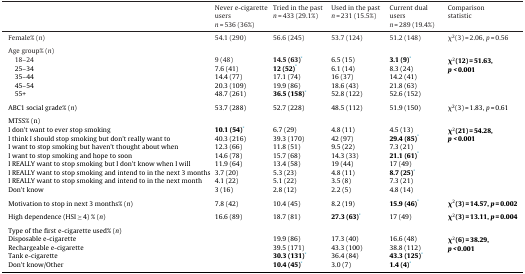
<table><thead><tr><td></td><td><b>Never e-cigarette users<i>n</i> = 536 (36%)</b></td><td><b>Tried in the past<i>n</i> = 433 (29.1%)</b></td><td><b>Used in the past<i>n</i> = 231 (15.5%)</b></td><td><b>Current dual users<i>n</i> = 289 (19.4%)</b></td><td><b>Comparison statistic</b></td></tr></thead><tbody><tr><td>Female% (<i>n</i>)</td><td>54.1 (290)</td><td>56.6 (245)</td><td>53.7 (124)</td><td>51.2 (148)</td><td>χ<sup>2</sup>(3) = 2.06, <i>p</i> = 0.56</td></tr><tr><td colspan="6">  </td></tr><tr><td>Age group% (<i>n</i>)</td><td></td><td></td><td></td><td></td><td></td></tr><tr><td> 18–24</td><td>9 (48)</td><td><b>14.5 (63)</b>*</td><td>6.5 (15)</td><td><b>3.1 (9)</b>*</td><td rowspan="5"><b>χ<sup>2</sup>(12)</b> <b>=</b> <b>51.63, <i>p &lt;</i></b> <b>0.001</b></td></tr><tr><td> 25–34</td><td>7.6 (41)</td><td><b>12 (52)</b>*</td><td>6.1 (14)</td><td>8.3 (24)</td></tr><tr><td> 35–44</td><td>14.4 (77)</td><td>17.1 (74)</td><td>16 (37)</td><td>14.2 (41)</td></tr><tr><td> 45–54</td><td>20.3 (109)</td><td>19.9 (86)</td><td>18.6 (43)</td><td>21.8 (63)</td></tr><tr><td> 55+</td><td>48.7 (261)</td><td><b>36.5 (158)</b>*</td><td>52.8 (122)</td><td>52.6 (152)</td></tr><tr><td colspan="6">  </td></tr><tr><td>ABC1 social grade% (<i>n</i>)</td><td>53.7 (288)</td><td>52.7 (228)</td><td>48.5 (112)</td><td>51.9 (150)</td><td>χ<sup>2</sup>(3) = 1.83, <i>p</i> = 0.61</td></tr><tr><td colspan="6">  </td></tr><tr><td>MTSS% (n)</td><td></td><td></td><td></td><td></td><td></td></tr><tr><td>I don’t want to ever stop smoking</td><td><b>10.1 (54)</b>*</td><td>6.7 (29)</td><td>4.8 (11)</td><td>4.5 (13)</td><td rowspan="8"><b>χ<sup>2</sup>(21)</b> <b>=</b> <b>54.28, <i>p &lt;</i></b> <b>0.001</b></td></tr><tr><td>I think I should stop smoking but don’t really want to</td><td>40.3 (216)</td><td>39.3 (170)</td><td>42 (97)</td><td><b>29.4 (85)</b>*</td></tr><tr><td>I want to stop smoking but haven’t thought about when</td><td>12.3 (66)</td><td>11.8 (51)</td><td>9.5 (22)</td><td>7.3 (21)</td></tr><tr><td>I want to stop smoking and hope to soon</td><td>14.6 (78)</td><td>15.7 (68)</td><td>14.3 (33)</td><td><b>21.1 (61)</b>*</td></tr><tr><td>I REALLY want to stop smoking but I don’t know when I will</td><td>11.9 (64)</td><td>13.4 (58)</td><td>19 (44)</td><td>17 (49)</td></tr><tr><td>I REALLY want to stop smoking and intend to in the next 3 months</td><td>3.7 (20)</td><td>5.3 (23)</td><td>4.8 (11)</td><td><b>8.7 (25)</b>*</td></tr><tr><td>I REALLY want to stop smoking and intend to in the next month</td><td>4.1 (22)</td><td>5.1 (22)</td><td>3.5 (8)</td><td>7.3 (21)</td></tr><tr><td>Don’t know</td><td>3 (16)</td><td>2.8 (12)</td><td>2.2 (5)</td><td>4.8 (14)</td></tr><tr><td colspan="6">  </td></tr><tr><td>Motivation to stop in next 3 months% (<i>n</i>)</td><td>7.8 (42)</td><td>10.4 (45)</td><td>8.2 (19)</td><td><b>15.9 (46)</b>*</td><td><b>χ<sup>2</sup>(3)</b> <b>=</b> <b>14.57, <i>p</i></b> <b>=</b> <b>0.002</b></td></tr><tr><td colspan="6">  </td></tr><tr><td>High dependence (HSI ≥ 4) % (<i>n</i>)</td><td>16.6 (89)</td><td>18.7 (81)</td><td><b>27.3 (63)</b>*</td><td>17 (49)</td><td><b>χ<sup>2</sup>(3)</b> <b>=</b> <b>13.11, <i>p</i></b> <b>=</b> <b>0.004</b></td></tr><tr><td colspan="6">  </td></tr><tr><td>Type of the first e-cigarette used% (<i>n</i>)</td><td></td><td></td><td></td><td></td><td></td></tr><tr><td>Disposable e-cigarette</td><td></td><td>19.9 (86)</td><td>17.3 (40)</td><td>16.6 (48)</td><td rowspan="4"><b>χ<sup>2</sup>(6)</b> <b>=</b> <b>38.29, <i>p &lt;</i></b> <b>0.001</b></td></tr><tr><td>Rechargeable e-cigarette</td><td></td><td>39.5 (171)</td><td>43.3 (100)</td><td>38.8 (112)</td></tr><tr><td>Tank e-cigarette</td><td></td><td><b>30.3 (131)</b>*</td><td>36.4 (84)</td><td><b>43.3 (125)</b>*</td></tr><tr><td>Don’t know/Other</td><td></td><td><b>10.4 (45)</b>*</td><td>3.0 (7)</td><td><b>1.4 (4)</b>*</td></tr></tbody></table>